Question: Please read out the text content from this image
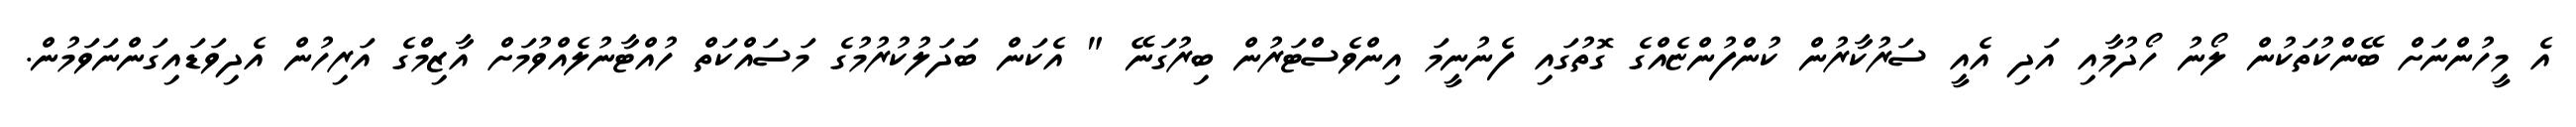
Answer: އެ މީހުންނަށް ބޭންކުތަކުން ލޯނު ހޯދުމާއި އަދި އެއީ ސަރުކާރުން ކުންފުންޏެއްގެ ގޮތުގައި ފެނުނީމަ އިންވެސްޓަރުން ބިރުގަނޭ " އެކަން ބަދަލުކުރުމުގެ މަސައްކަތް ހުއްޓާނުލެއްވުމަށް އާޒިމްގެ އަރިހުން އެދިވަޑައިގަންނަވަމުން.